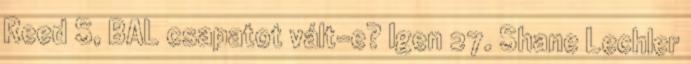
Reed S, BAL csapatot vált-e? Igen 27. Shane Lechler